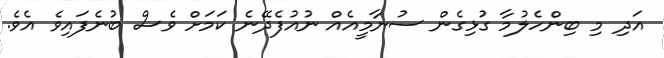
އަދި މި ބިންހެލުމާ ގުޅިގެން ސުނާމީއެއް ނުއުފެދޭނެ ކަމަށް ވެސް ބުނެފައިވެ އެވެ.